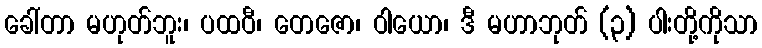
ခေါ်တာ မဟုတ်ဘူး၊ ပထဝီ၊ တေဇော၊ ဝါယော၊ ဒီ မဟာဘုတ် (၃) ပါးတို့ကိုသာ